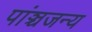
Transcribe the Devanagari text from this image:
पांञ्चजन्य